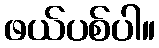
ဖယ်ပစ်ပါ။